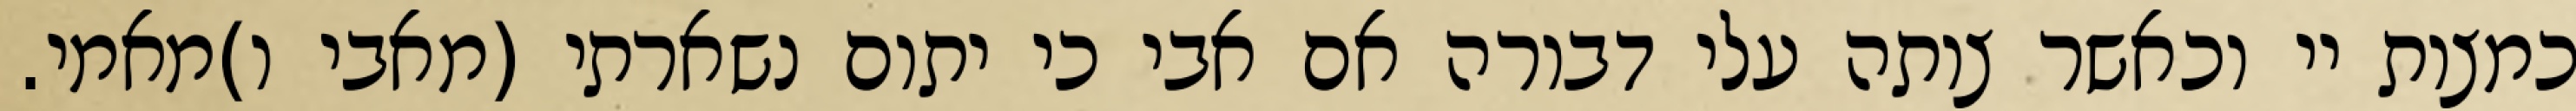
כמצות יי וכאשר צותה עלי דבורה אם אבי כי יתום נשארתי (מאבי ו)מאמי.